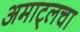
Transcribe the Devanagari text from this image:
अमाट्लचा